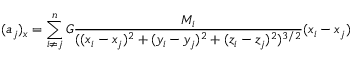
( a _ { j } ) _ { x } = \sum _ { i \neq j } ^ { n } G { \frac { M _ { i } } { ( ( x _ { i } - x _ { j } ) ^ { 2 } + ( y _ { i } - y _ { j } ) ^ { 2 } + ( z _ { i } - z _ { j } ) ^ { 2 } ) ^ { 3 / 2 } } } ( x _ { i } - x _ { j } )